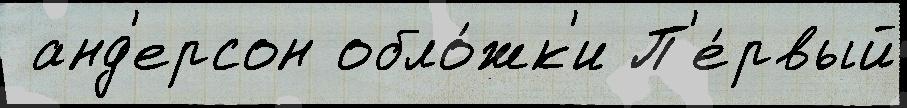
 анд'ерсон обло́жк'и П'е́рвый